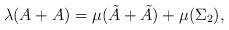
LaTeX: \begin{align*}\lambda(A+A)=\mu(\tilde{A}+\tilde{A})+\mu(\Sigma_2),\end{align*}